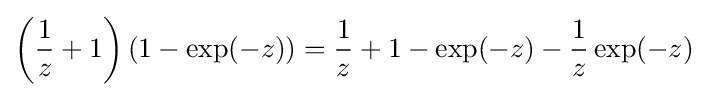
\left({\frac {1}{z}}+1\right)\left(1-\exp(-z)\right)={\frac {1}{z}}+1-\exp(-z)-{\frac {1}{z}}\exp(-z)